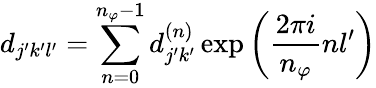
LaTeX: d_{j^{\prime}k^{\prime}l^{\prime}}=\sum_{n=0}^{n_{\varphi}-1}d_{j^{\prime}k^{\prime}}^{(n)}\exp{\left(\frac{2\pi i}{n_{\varphi}}nl^{\prime}\right)}